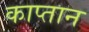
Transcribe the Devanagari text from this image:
काप्तान